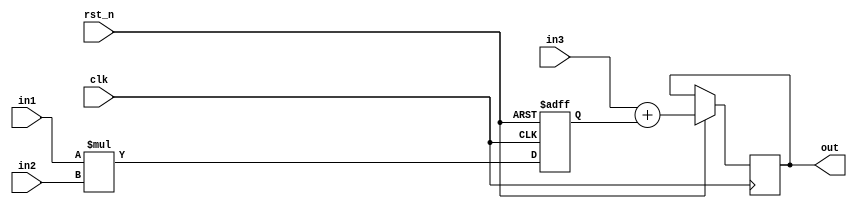
// two-stage 8B*8B_sum1 MAC (Eyeriss)
module b8Xb8_s1( clk, rst_n, in1, in2, in3, out);

  input clk;
  input rst_n;
  input [7:0] in1;
  input [7:0] in2;
  input [19:0] in3;
  output reg [19:0] out;

  reg [15:0] prod;
  reg [19:0] psum;

  always @(negedge rst_n or posedge clk) begin

    if (rst_n == 1'b0) begin

      prod <= 16'b0;
      psum <= 20'b0;

    end else begin

      prod <= in1 * in2;
      out  <= in3 + prod;

    end
  end

endmodule